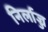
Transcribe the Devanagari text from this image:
निर्लाज्ज